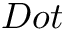
D o t